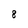
Character: 8